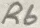
Text: R6